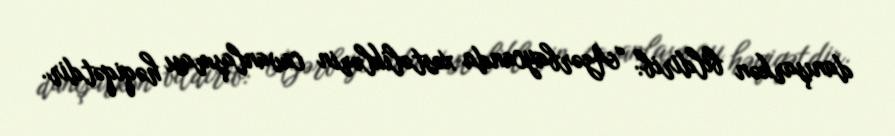
danışarkən bildirib: “Azərbaycanda xəstəliklərin cavanlaşması həqiqətdir.